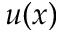
u ( x )